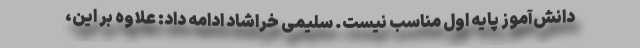
دانش‌آموز پایه اول مناسب نیست. سلیمی خراشاد ادامه داد: علاوه بر این،